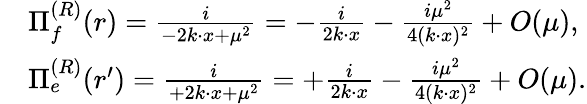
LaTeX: \begin{array}{rl}&{\Pi_{f}^{(R)}(r)=\frac{i}{-2k\cdot x+\mu^{2}}=-\frac{i}{2k\cdot x}-\frac{i\mu^{2}}{4(k\cdot x)^{2}}+O(\mu),}\\ &{\Pi_{e}^{(R)}(r^{\prime})=\frac{i}{+2k\cdot x+\mu^{2}}=+\frac{i}{2k\cdot x}-\frac{i\mu^{2}}{4(k\cdot x)^{2}}+O(\mu).}\end{array}